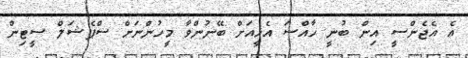
އެ އެޖެންސީ އިން ބުނީ ހާއްސަ އެހީއަށް ބޭނުންވާ މީހުންނަށް ސްޕެޝަލް ސީޓިން